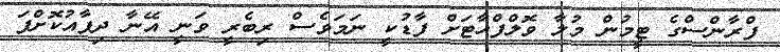
ފްރާންސްގެ ޓީމުން މުލާ ވޮލްފްހާޓަށް ފާޑުކީ ނަމަވެސް ރިބެރީ ވަނީ އޭނާ ދިފާއުކޮށްފަ